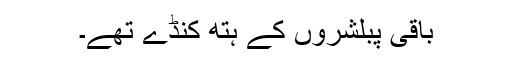
باقی پبلشروں کے ہتھ کنڈے تھے۔